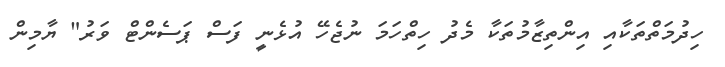
ހިދުމަތްތަކާއި އިންތިޒާމުތަކާ މެދު ހިތްހަމަ ނުޖެހޭ އުޅެނީ ފަސް ޕަސެންޓް ވަރު" ޔާމިން